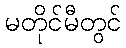
မတိုင်မီတွင်